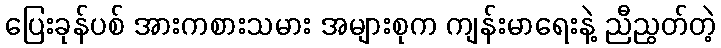
ပြေးခုန်ပစ် အားကစားသမား အများစုက ကျန်းမာရေးနဲ့ ညီညွတ်တဲ့